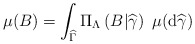
\begin{align*}\mu (B)=\int_{\widehat{\Gamma }}\Pi _{\Lambda }\left( B|\widehat{\gamma }\right) \ \mu (\mathrm{d}\widehat{\gamma }) \end{align*}